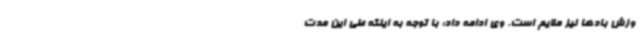
وزش بادها نیز ملایم است. وی ادامه داد: با توجه به اینکه طی این مدت